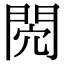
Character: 𨳻